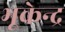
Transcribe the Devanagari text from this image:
भूकेन्द्र